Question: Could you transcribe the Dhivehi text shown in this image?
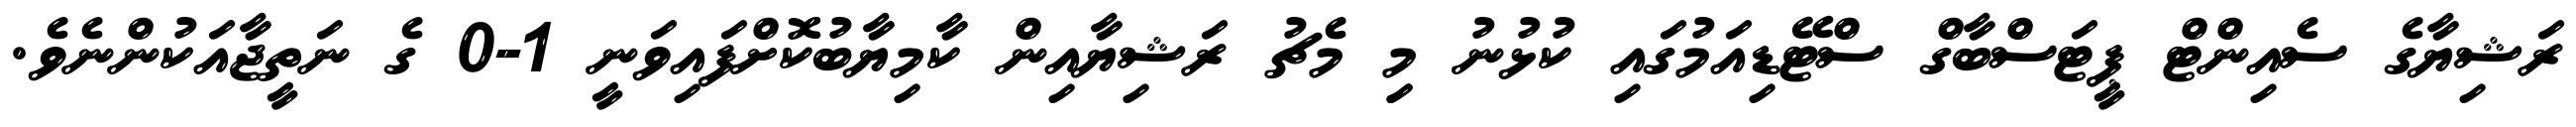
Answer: ރަޝިޔާގެ ސެއިންޓް ޕީޓަސްބާގް ސްޓޭޑިއަމުގައި ކުޅުނު މިި މެޗު ރަޝިޔާއިން ކާމިޔާބުކޮށްފައިވަނީ 1-0 ގެ ނަތީޖާއަކުންނެވެ.